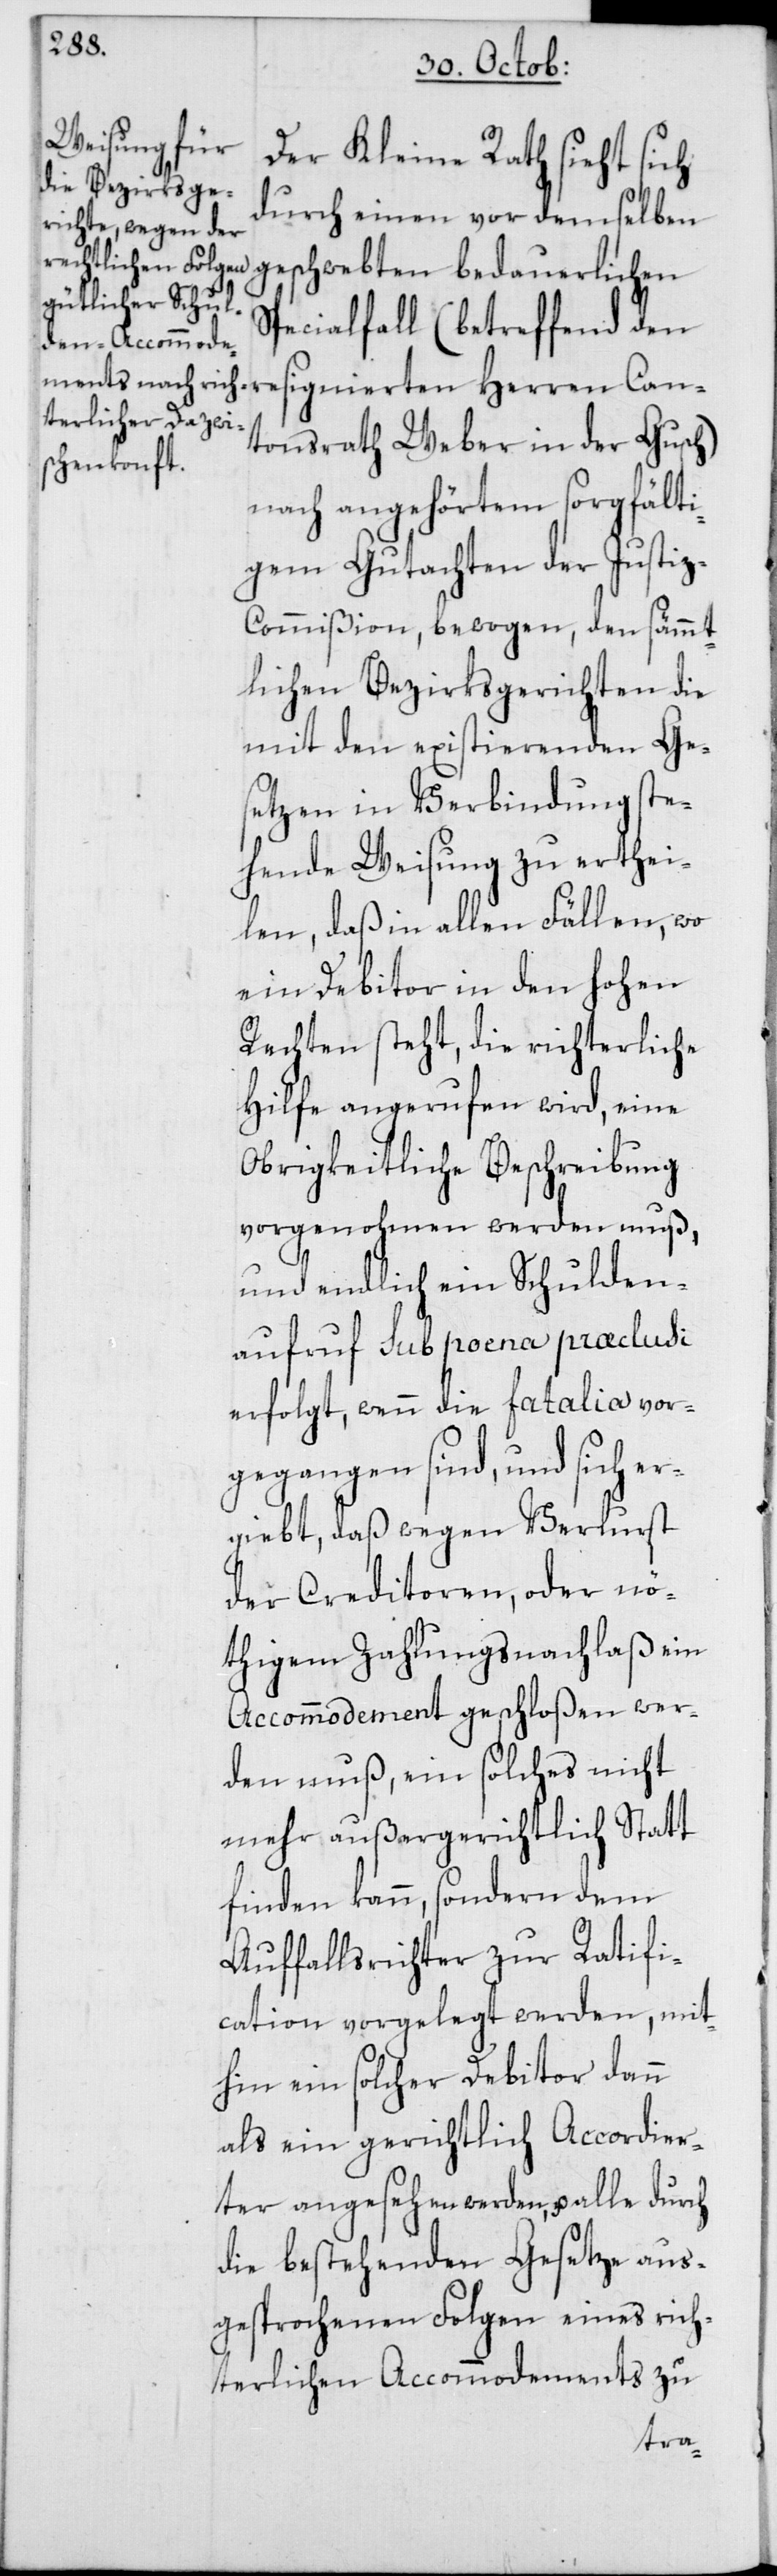
Can¬
Der Kleine Rath sieht sich
durch einen vor demselben
geschwebten bedauerlichen
Specialfall (betreffend den
tonsrath Weber in der Gusch)
nach angehörtem sorgfält¬
igem Gutachten der Justi¬
z-Commißion, bewogen, den sämmt¬
lichen Bezirksgerichten die
mit den existierenden Ges¬
etzen in Verbindung ste¬
hende Weisung zu erthei¬
len, daß in allen Fällen, wo
ein Debitor in den hohen
Rechten steht, die richterliche
Hilfe angerufen wird, eine
Obrigkeitliche Beschreibung
vorgenohmen werden muß,
und endlich ein Schulden¬
aufruf sub poena præclusi
erfolgt, wenn die fatalia vor¬
gegangen sind, und sich e¬
rgiebt, daß wegen Verlurst
der Creditoren, oder nö¬
thigem Zahlungsnachlaß ein
Accommodement geschloßen wer¬
den muß, ein solches nicht
mehr außergerichtlich Statt
finden kann, sondern dem
Auffallsrichter zur Ratifi¬
cation vorgelegt werden, mit¬
hin ein solcher Debitor dann
als ein gerichtlich Accordier¬
ter angesehen werden, u. alle durch
die bestehenden Gesetze aus¬
gesprochenen Folgen eines rich¬
terlichen Accommodements zu